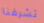
تشرفنا